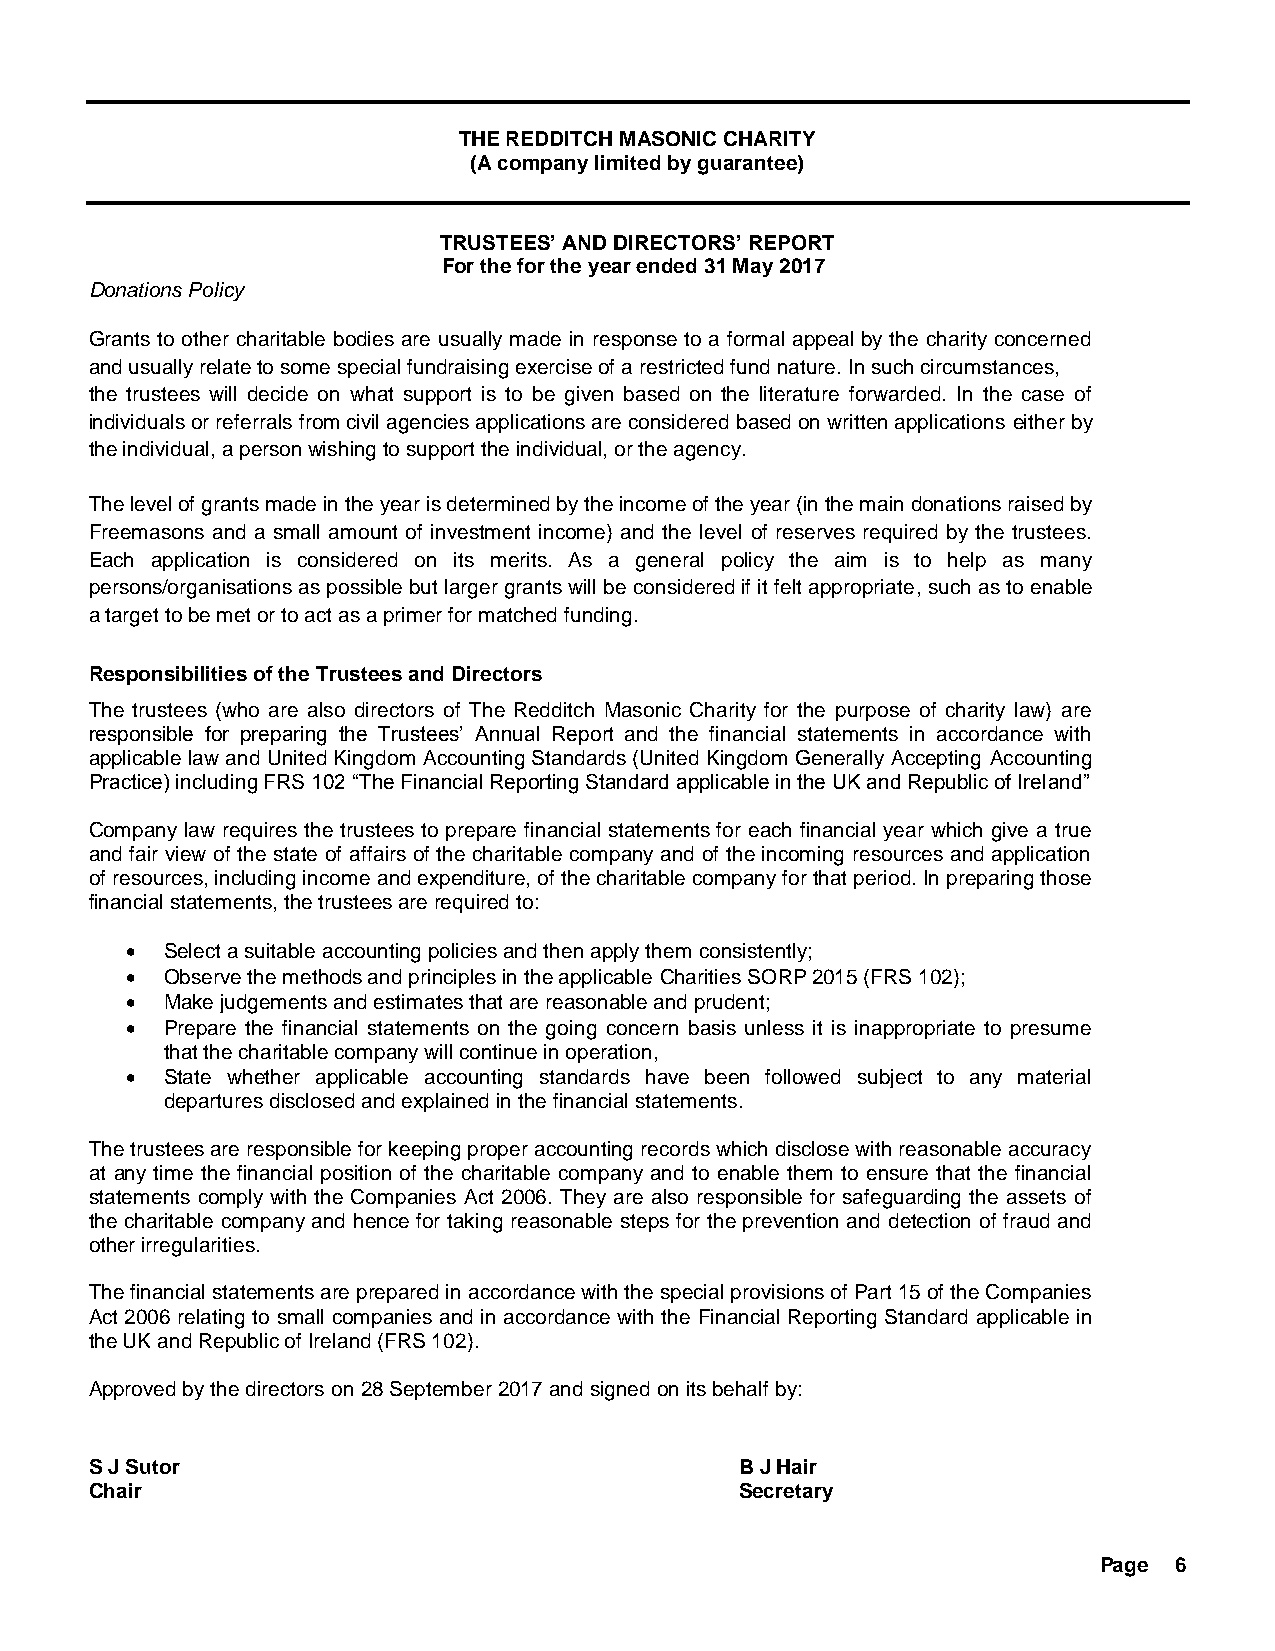
THE REDDITCH MASONIC CHARITY
 (A company limited by guarantee)
 TRUSTEES’ AND DIRECTORS’ REPORT
 For the for the year ended 31 May 2017
 Donations Policy
 Grants to other charitable bodies are usually made in response to a formal appeal by the charity concerned
 and usually relate to some special fundraising exercise of a restricted fund nature. In such circumstances,
 the trustees will decide on what support is to be given based on the literature forwarded. In the case of
 individuals or referrals from civil agencies applications are considered based on written applications either by
 the individual, a person wishing to support the individual, or the agency.
 The level of grants made in the year is determined by the income of the year (in the main donations raised by
 Freemasons and a small amount of investment income) and the level of reserves required by the trustees.
 Each application is considered on its merits. As a general policy the aim is to help as many
 persons/organisations as possible but larger grants will be considered if it felt appropriate, such as to enable
 a target to be met or to act as a primer for matched funding.
 Responsibilities of the Trustees and Directors
 The trustees (who are also directors of The Redditch Masonic Charity for the purpose of charity law) are
 responsible for preparing the Trustees’ Annual Report and the financial statements in accordance with
 applicable law and United Kingdom Accounting Standards (United Kingdom Generally Accepting Accounting
 Practice) including FRS 102 “The Financial Reporting Standard applicable in the UK and Republic of Ireland”
 Company law requires the trustees to prepare financial statements for each financial year which give a true
 and fair view of the state of affairs of the charitable company and of the incoming resources and application
 of resources, including income and expenditure, of the charitable company for that period. In preparing those
 financial statements, the trustees are required to:
   Select a suitable accounting policies and then apply them consistently;
   Observe the methods and principles in the applicable Charities SORP 2015 (FRS 102);
   Make judgements and estimates that are reasonable and prudent;
   Prepare the financial statements on the going concern basis unless it is inappropriate to presume
 that the charitable company will continue in operation,
   State whether applicable accounting standards have been followed subject to any material
 departures disclosed and explained in the financial statements.
 The trustees are responsible for keeping proper accounting records which disclose with reasonable accuracy
 at any time the financial position of the charitable company and to enable them to ensure that the financial
 statements comply with the Companies Act 2006. They are also responsible for safeguarding the assets of
 the charitable company and hence for taking reasonable steps for the prevention and detection of fraud and
 other irregularities.
 The financial statements are prepared in accordance with the special provisions of Part 15 of the Companies
 Act 2006 relating to small companies and in accordance with the Financial Reporting Standard applicable in
 the UK and Republic of Ireland (FRS 102).
 Approved by the directors on 28 September 2017 and signed on its behalf by:
 S J Sutor                                  B J Hair
 Chair                                      Secretary
 Page 6